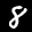
Label: 8